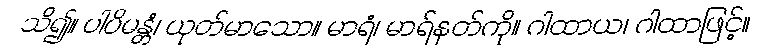
သိ၍။ ပါပိမန္တံ၊ ယုတ်မာသော။ မာရံ၊ မာရ်နတ်ကို။ ဂါထာယ၊ ဂါထာဖြင့်။